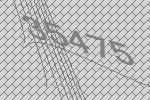
35475